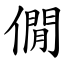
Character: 僩